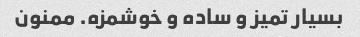
بسیار تمیز و ساده و خوشمزه. ممنون